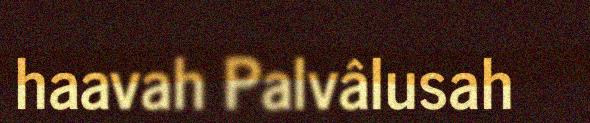
haavah Palvâlusah